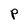
Character: p